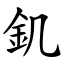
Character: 釠